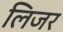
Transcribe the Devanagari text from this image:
लिजर